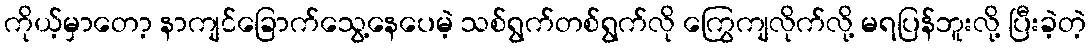
ကိုယ့်မှာတော့ နာကျင်ခြောက်သွေ့နေပေမဲ့ သစ်ရွက်တစ်ရွက်လို ကြွေကျလိုက်လို့ မရပြန်ဘူးလို့ ပြီးခဲ့တဲ့